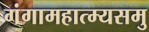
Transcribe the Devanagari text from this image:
गंगामहात्म्यसमु